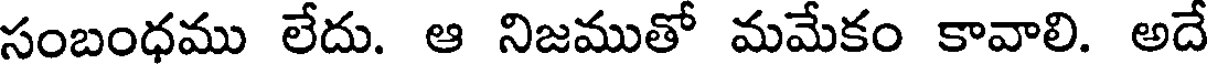
సంబంధము లేదు. ఆ నిజముతో మమేకం కావాలి. అదే